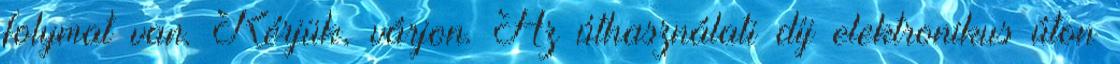
folymat van. Kérjük, várjon. Az úthasználati díj elektronikus úton